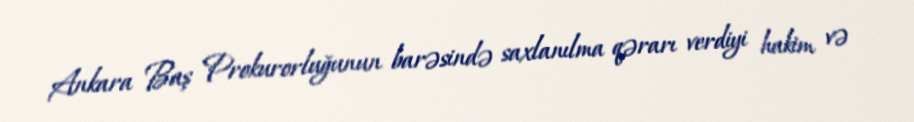
Ankara Baş Prokurorluğunun barəsində saxlanılma qərarı verdiyi hakim və